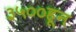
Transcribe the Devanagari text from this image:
३५००हून